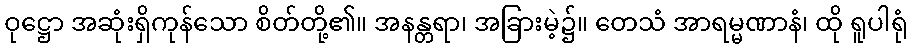
ဝုဋ္ဌော အဆုံးရှိကုန်သော စိတ်တို့၏။ အနန္တရာ၊ အခြားမဲ့၌။ တေသံ အာရမ္မဏာနံ၊ ထို ရူပါရုံ